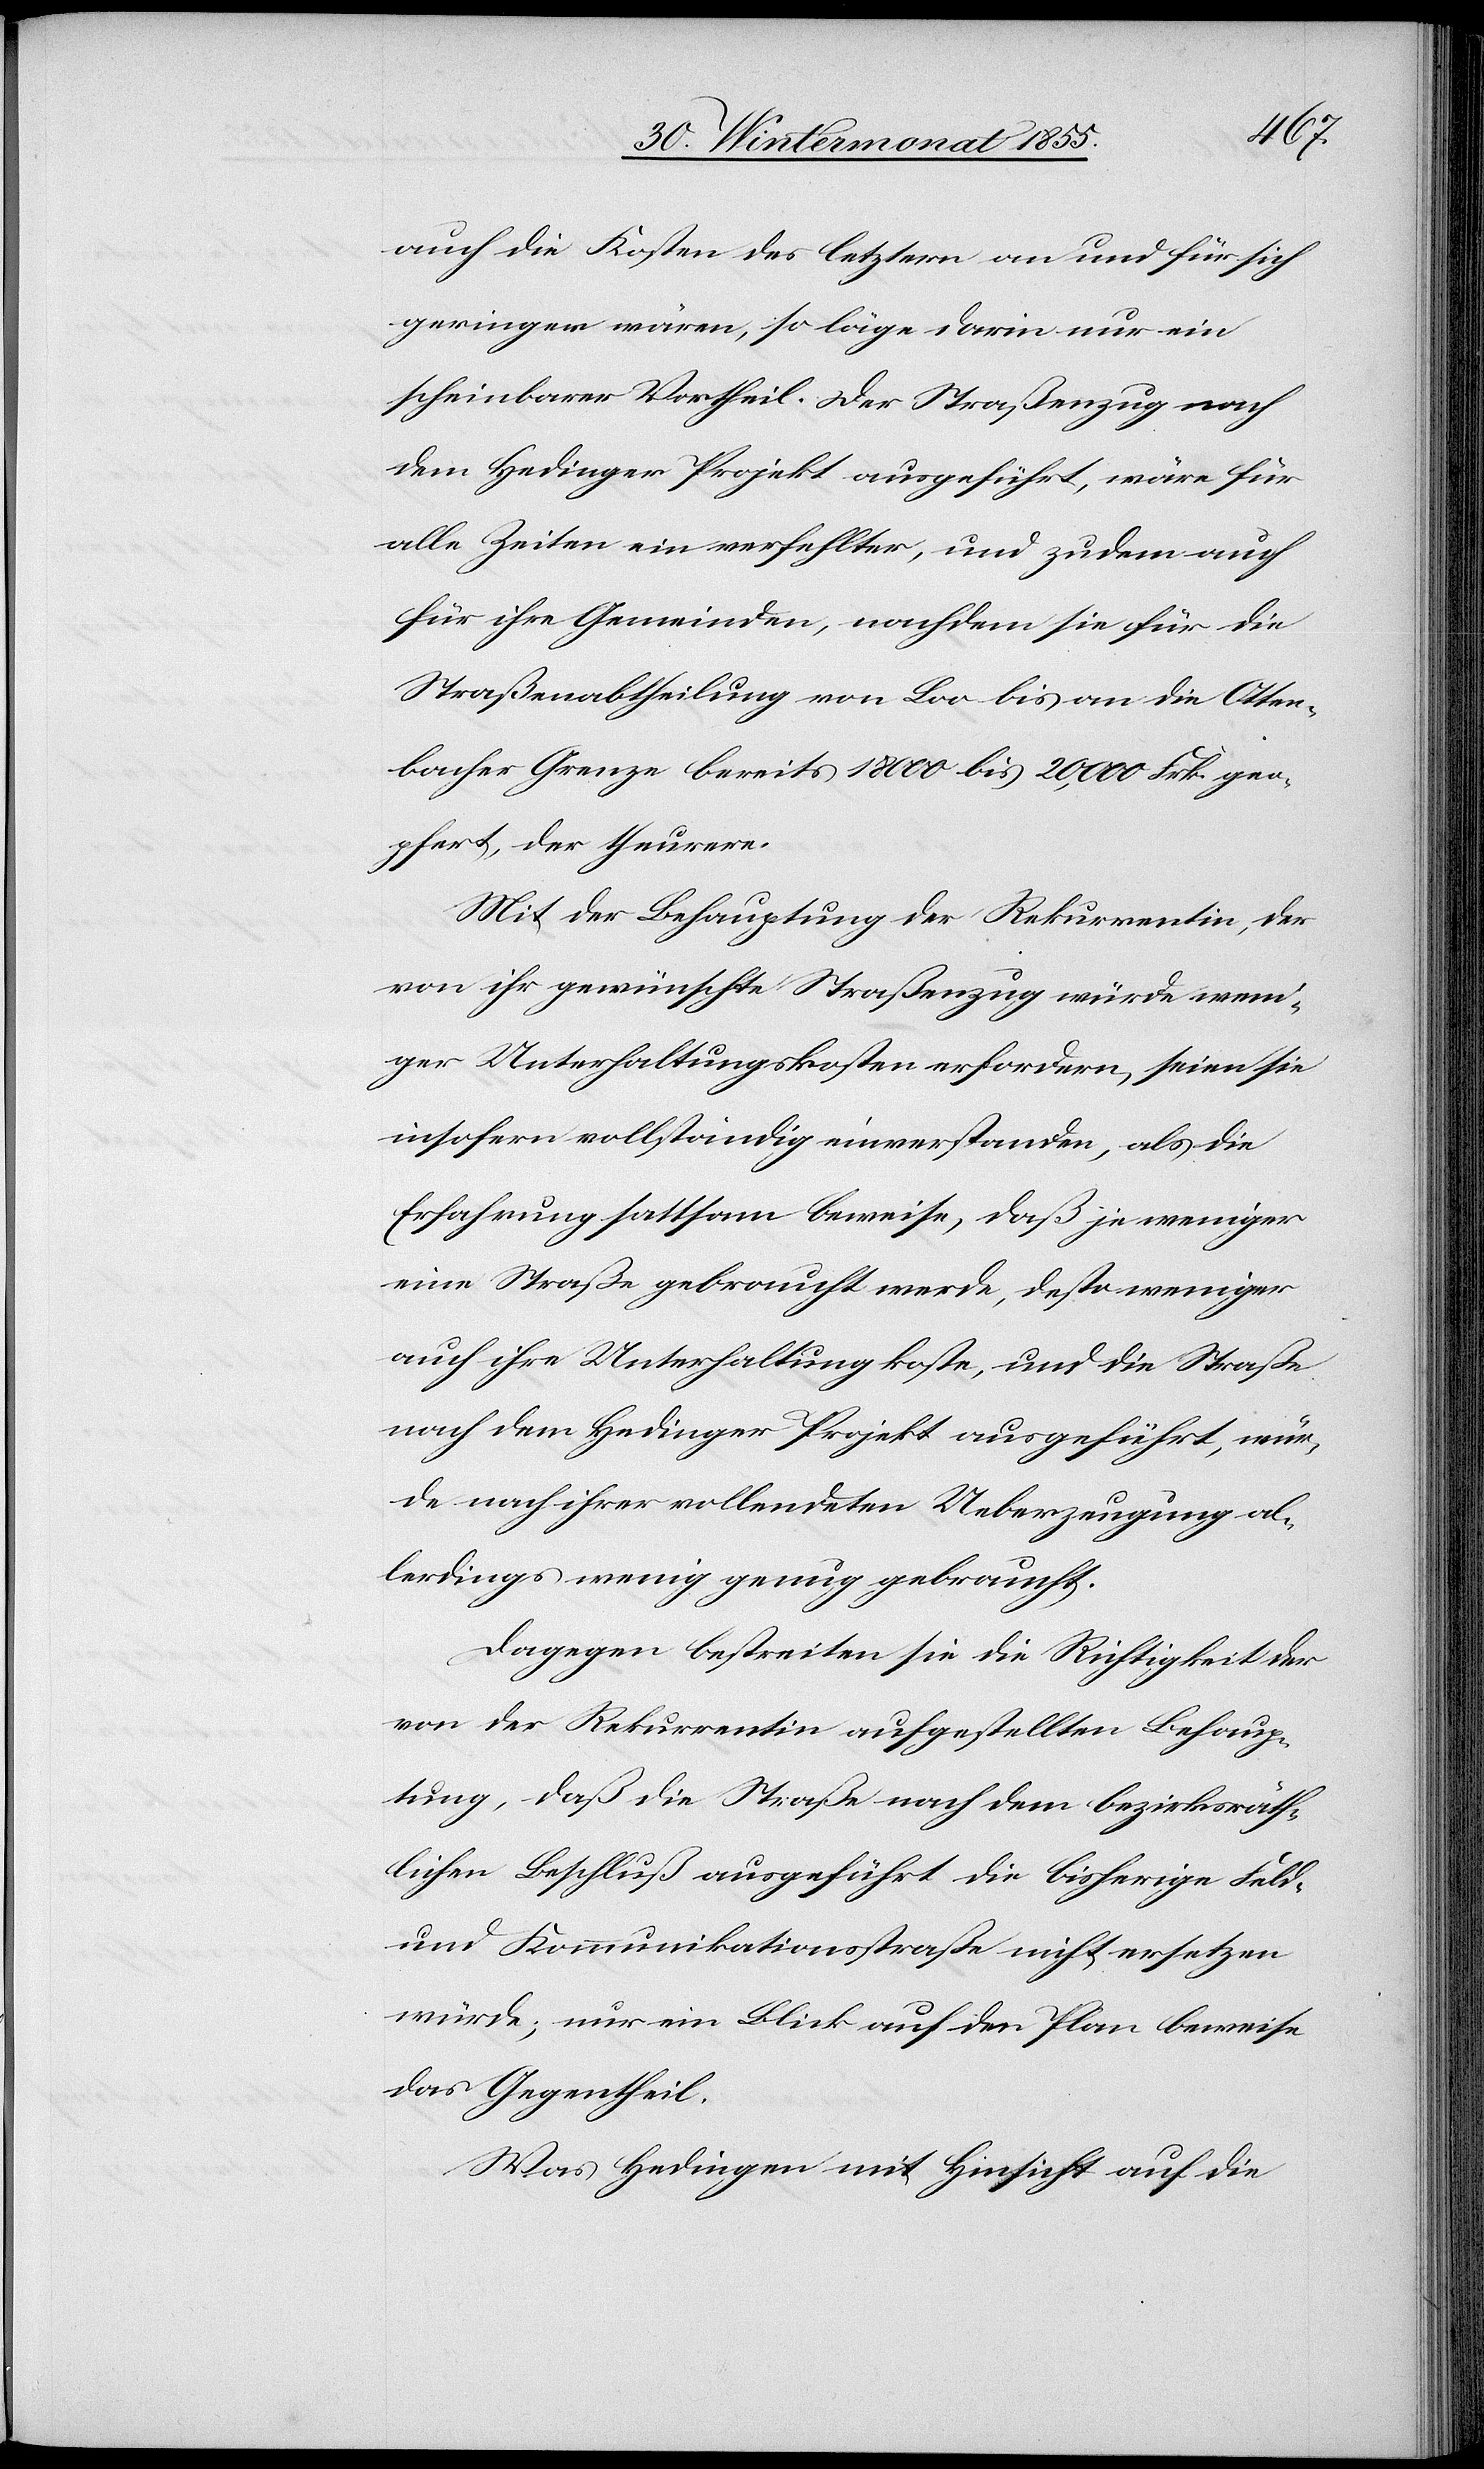
auch die Kosten des letztern an und für sich
geringer wären, so läge darin nur ein
scheinbarer Vortheil. Der Straßenzug nach
dem Hedinger Projekt ausgeführt, wäre für
alle Zeiten ein verfehlter, und zudem auch
für ihre Gemeinden, nachdem sie für die
Straßenabtheilung von Loo bis an die Otten¬
bacher Grenze bereits 18 000 bis 20,000 Frk. geo¬
pfert, der theurere.
Mit der Behauptung der Rekurrentin, der
von ihr gewünschte Straßenzug würde weni¬
ger Unterhaltungskosten erfordern, seien sie
insofern vollständig einverstanden, als die
Erfahrung sattsam beweise, daß je weniger
eine Straße gebraucht werde, desto weniger
auch ihre Unterhaltung koste, und die Straße
nach dem Hedinger Projekt ausgeführt, wür¬
de nach ihrer vollendeten Ueberzeugung al¬
lerdings wenig genug gebraucht.
Dagegen bestreiten sie die Richtigkeit der
von der Rekurrentin aufgestellten Behaup¬
tung, daß die Straße nach dem bezirksräth¬
lichen Beschluß ausgeführt die bisherige Feld-
und Kommunikationsstraße nicht ersetzen
würde; nur ein Blick auf den Plan beweise
das Gegentheil.
Was Hedingen mit Hinsicht auf die